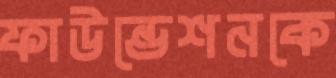
ফাউন্ডেশনকে